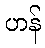
ဟန်